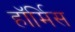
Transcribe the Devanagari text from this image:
हॉर्मिस